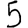
Digit: 5